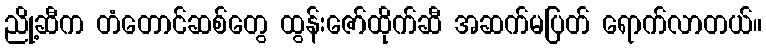
ညို့ဆီက တံတောင်ဆစ်တွေ ထွန်းဇော်ထိုက်ဆီ အဆက်မပြတ် ရောက်လာတယ်။